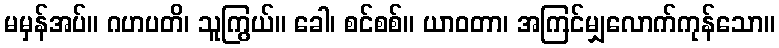
မမှန်အပ်။ ဂဟပတိ၊ သူကြွယ်။ ခေါ၊ စင်စစ်။ ယာဝတာ၊ အကြင်မျှလောက်ကုန်သော။